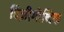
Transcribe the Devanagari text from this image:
विज़ीगोथिक